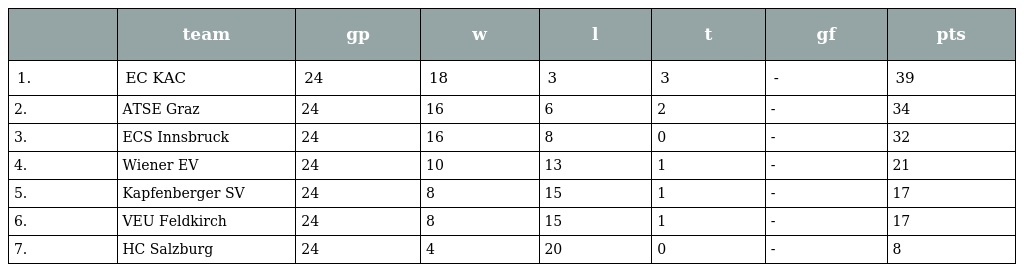
|  | team | gp | w | l | t | gf | pts |
 | --- | --- | --- | --- | --- | --- | --- | --- |
 | 1. | EC KAC | 24 | 18 | 3 | 3 | - | 39 |
 | 2. | ATSE Graz | 24 | 16 | 6 | 2 | - | 34 |
 | 3. | ECS Innsbruck | 24 | 16 | 8 | 0 | - | 32 |
 | 4. | Wiener EV | 24 | 10 | 13 | 1 | - | 21 |
 | 5. | Kapfenberger SV | 24 | 8 | 15 | 1 | - | 17 |
 | 6. | VEU Feldkirch | 24 | 8 | 15 | 1 | - | 17 |
 | 7. | HC Salzburg | 24 | 4 | 20 | 0 | - | 8 |